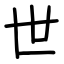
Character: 世